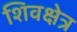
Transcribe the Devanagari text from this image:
शिवक्षेत्र